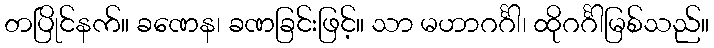
တပြိုင်နက်။ ခဏေန၊ ခဏခြင်းဖြင့်။ သာ မဟာဂင်္ဂါ၊ ထိုဂင်္ဂါမြစ်သည်။